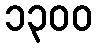
၁၃၀၀